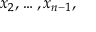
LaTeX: x _ { 2 } , \ldots , x _ { n - 1 } ,